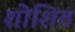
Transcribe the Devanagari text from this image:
शोशित